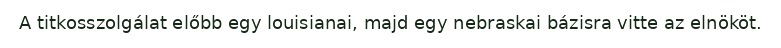
A titkosszolgálat előbb egy louisianai, majd egy nebraskai bázisra vitte az elnököt.